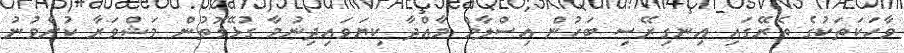
ވާހަކަތަކުގެ ތެރޭގައި އިނގިރޭސި ބަހުން އިސްލާމް މާއްދާ ކިޔަވައިދިނުމާ ގުޅޭގޮތުން މަޝްވަރާ ކުރެވުނު